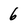
Character: 6